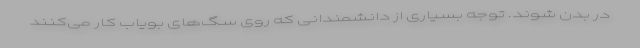
در بدن شوند. توجه بسیاری از دانشمندانی که روی سگ‌های بویاب کار می‌کنند